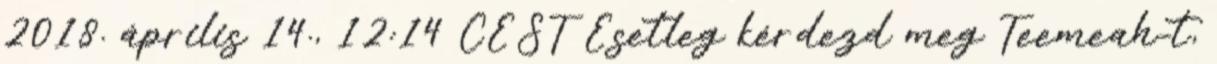
2018. április 14., 12:14 CEST Esetleg kérdezd meg Teemeah-t,